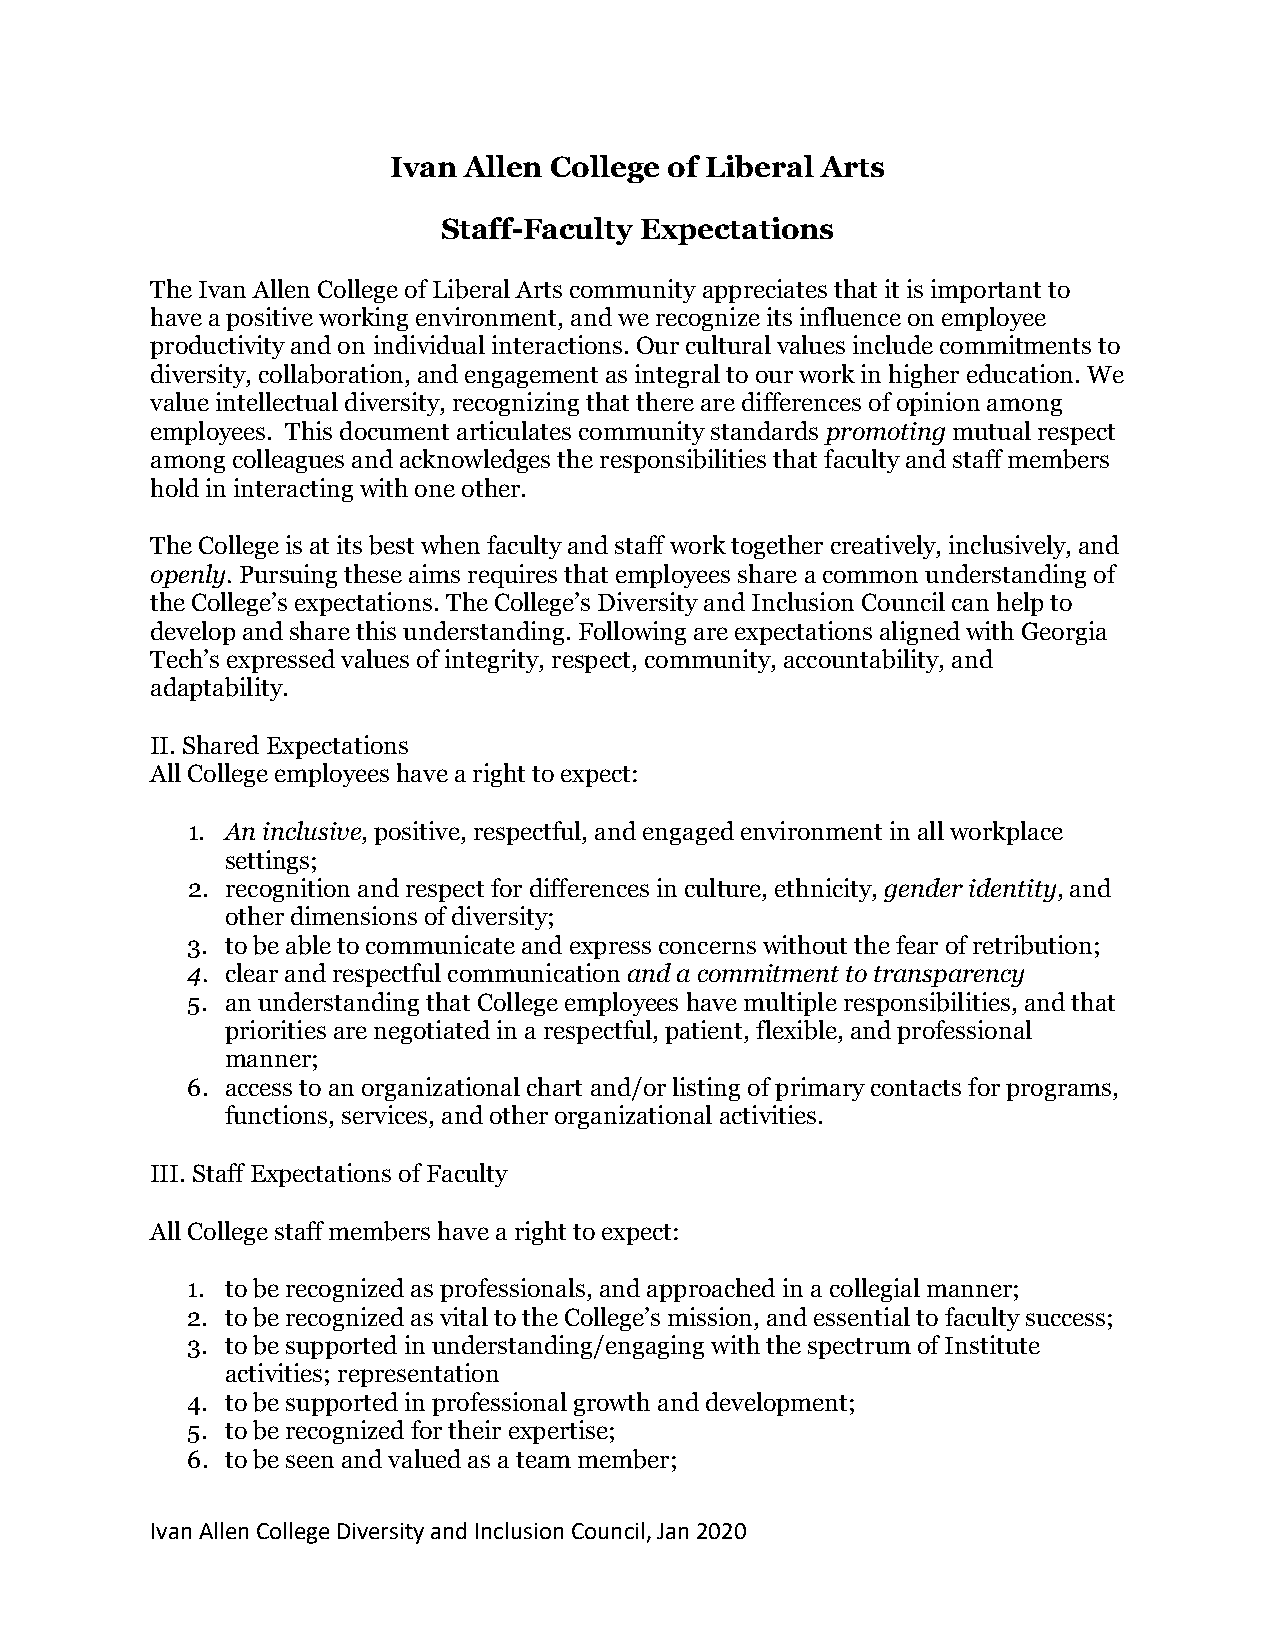
Ivan Allen College of Liberal Arts
 Staff-Faculty Expectations
 The Ivan Allen College of Liberal Arts community appreciates that it is important to
 have a positive working environment, and we recognize its influence on employee
 productivity and on individual interactions. Our cultural values include commitments to
 diversity, collaboration, and engagement as integral to our work in higher education. We
 value intellectual diversity, recognizing that there are differences of opinion among
 employees. This document articulates community standards promoting mutual respect
 among colleagues and acknowledges the responsibilities that faculty and staff members
 hold in interacting with one other.
 The College is at its best when faculty and staff work together creatively, inclusively, and
 openly. Pursuing these aims requires that employees share a common understanding of
 the College’s expectations. The College’s Diversity and Inclusion Council can help to
 develop and share this understanding. Following are expectations aligned with Georgia
 Tech’s expressed values of integrity, respect, community, accountability, and
 adaptability.
 II. Shared Expectations
 All College employees have a right to expect:
 1. An inclusive, positive, respectful, and engaged environment in all workplace
 settings;
 2. recognition and respect for differences in culture, ethnicity, gender identity, and
 other dimensions of diversity;
 3. to be able to communicate and express concerns without the fear of retribution;
 4. clear and respectful communication and a commitment to transparency
 5. an understanding that College employees have multiple responsibilities, and that
 priorities are negotiated in a respectful, patient, flexible, and professional
 manner;
 6. access to an organizational chart and/or listing of primary contacts for programs,
 functions, services, and other organizational activities.
 III. Staff Expectations of Faculty
 All College staff members have a right to expect:
 1. to be recognized as professionals, and approached in a collegial manner;
 2. to be recognized as vital to the College’s mission, and essential to faculty success;
 3. to be supported in understanding/engaging with the spectrum of Institute
 activities; representation
 4. to be supported in professional growth and development;
 5. to be recognized for their expertise;
 6. to be seen and valued as a team member;
 Ivan Allen College Diversity and Inclusion Council, Jan 2020